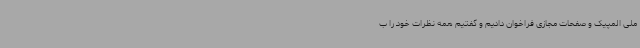
ملی المپیک و صفحات مجازی فراخوان دادیم و گفتیم همه نظرات خود را ب